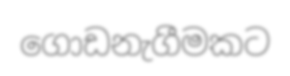
ගොඩනැගීමකට